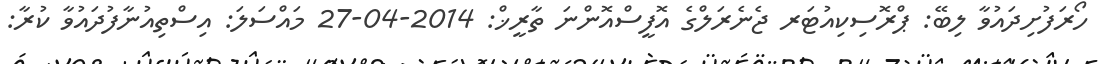
ހޯރަފުށިދައުވާ ލިބޭ: ޕްރޮސިކިއުޓަރ ޖެނެރަލްގެ އޮފީސްއޮންނަ ތާރީޚް: 2014-04-27 މައްސަލަ: އިސްތިއުނާފުދައުވާ ކުރާ: